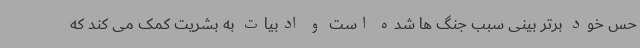
حس خود برتر بینی سبب جنگ ها شده است و ادبیات به بشریت کمک می کند که